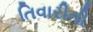
તિવારીની